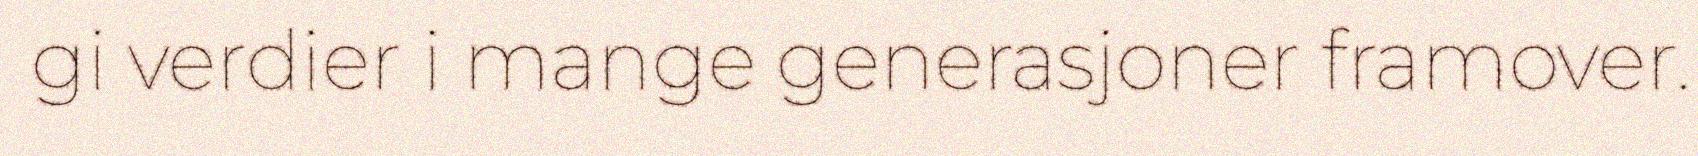
gi verdier i mange generasjoner framover.